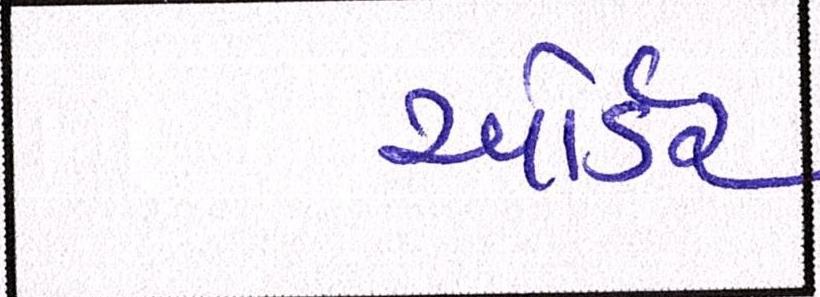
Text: ઓર્ડર